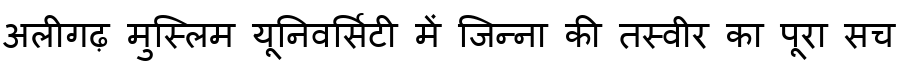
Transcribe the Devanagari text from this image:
अलीगढ़ मुस्लिम यूनिवर्सिटी में जिन्ना की तस्वीर का पूरा सच